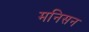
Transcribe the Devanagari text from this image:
मनिसन